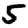
Digit: 5